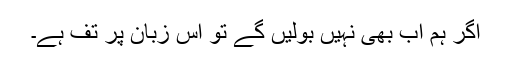
اگر ہم اب بھی نہیں بولیں گے تو اس زبان پر تف ہے۔